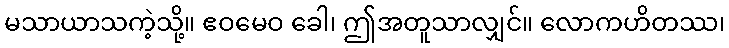
မသာယာသကဲ့သို့။ ဧဝမေဝ ခေါ၊ ဤအတူသာလျှင်။ လောကဟိတဿ၊